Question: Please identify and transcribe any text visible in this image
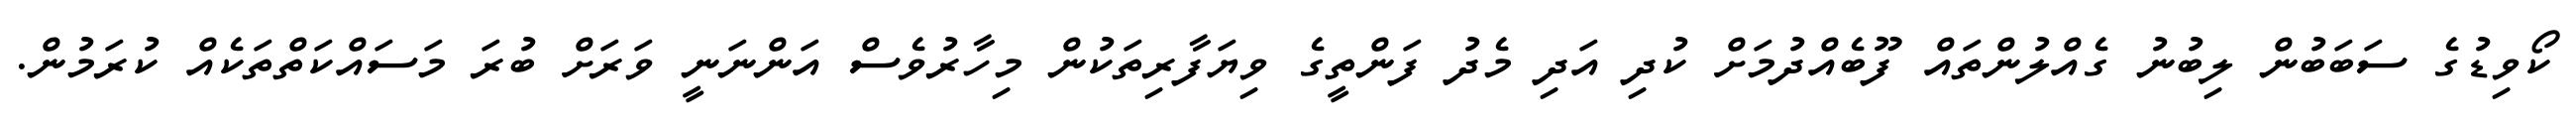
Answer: ކޯވިޑުގެ ސަބަބުން ލިބުނު ގެއްލުންތައް ފޫބެއްދުމަށް ކުދި އަދި މެދު ފަންތީގެ ވިޔަފާރިތަކުން މިހާރުވެސް އަންނަނީ ވަރަށް ބުރަ މަސައްކަތްތަކެއް ކުރަމުން.